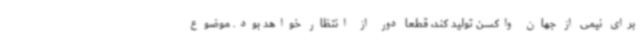
برای نیمی از جهان واکسن تولید کند، قطعا دور از انتظار خواهد بود. موضوع